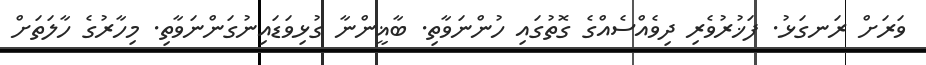
ވަރަށް ރަނގަޅު. ފަޚުރުވެރި ދިވެއްސެއްގެ ގޮތުގައި ހުންނަވާތި. ބާޣީންނާ ގުޅިވަޑައިނުގަންނަވާތި. މިހާރުގެ ހާލަތަށް